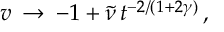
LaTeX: v \: \rightarrow \: - 1 + \tilde { \nu } \, t ^ { - 2 / ( 1 + 2 \gamma ) } \, ,